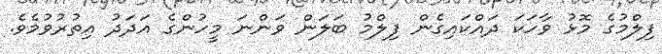
ފިލްމުގެ މޮޅު ވާހަކަ ދައްކައިގެން ފިލްމު ބަލަން ވަންނަ މީހުންގެ އަދަދު އިތުރުވުމެވެ.